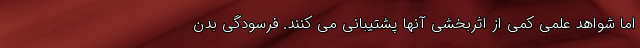
اما شواهد علمی کمی از اثربخشی آنها پشتیبانی می کنند. فرسودگی بدن